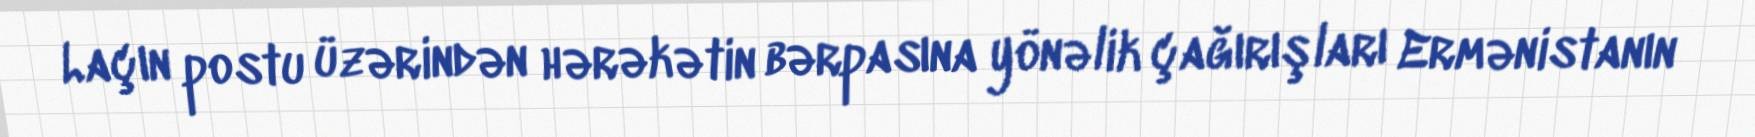
Laçın postu üzərindən hərəkətin bərpasına yönəlik çağırışları Ermənistanın